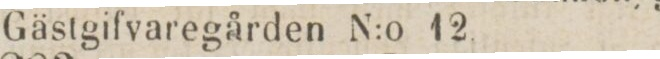
Gästgifvaregården N:o 12